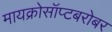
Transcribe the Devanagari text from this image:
मायक्रोसॉप्टबरोबर